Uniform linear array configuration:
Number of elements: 12
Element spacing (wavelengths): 1
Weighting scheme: blackman
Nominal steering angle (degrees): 15
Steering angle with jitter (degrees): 13.938
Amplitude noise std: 0.05
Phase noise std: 0.05

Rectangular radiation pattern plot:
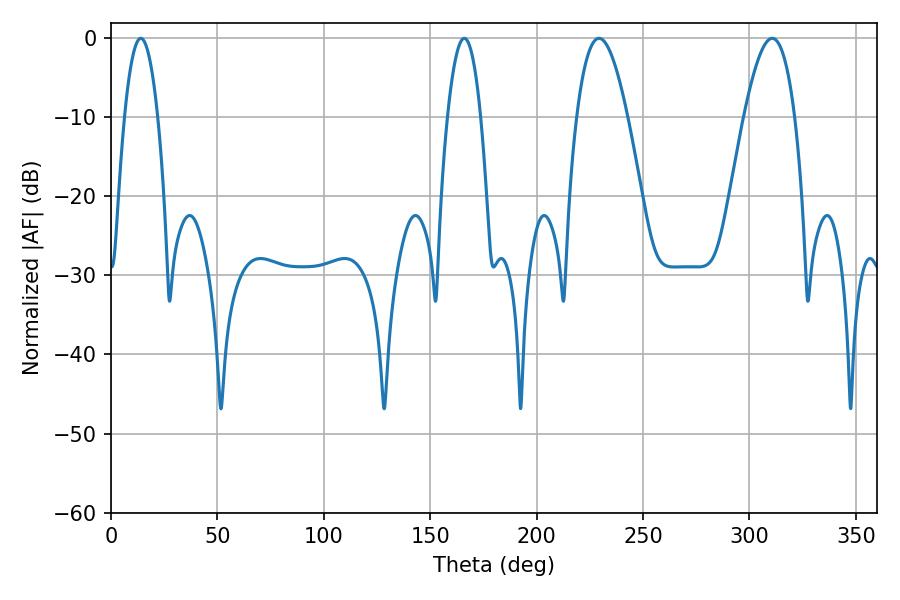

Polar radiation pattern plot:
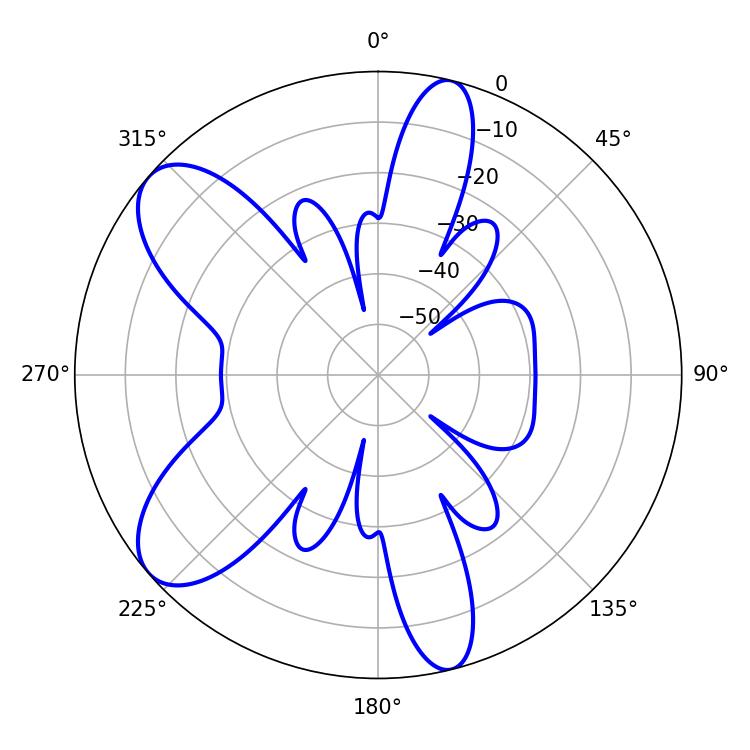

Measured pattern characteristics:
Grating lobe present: TRUE
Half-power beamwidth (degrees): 13.14
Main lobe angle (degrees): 229.32